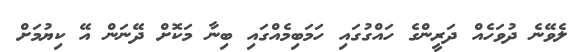
ލެވޭނެ ދުވަހެއް ދަރީންގެ ހައްގުގައި ހަމަބިމެއްގައި ބިނާ މަކޮށް ދޭނަން އޭ ކިޔުމަށް